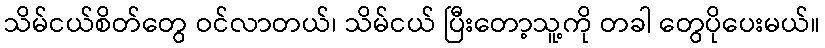
သိမ်ငယ်စိတ်တွေ ဝင်လာတယ်၊ သိမ်ငယ် ပြီးတော့သူ့ကို တခါ တွေပိုပေးမယ်။